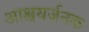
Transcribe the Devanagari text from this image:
आश्चयर्जनक